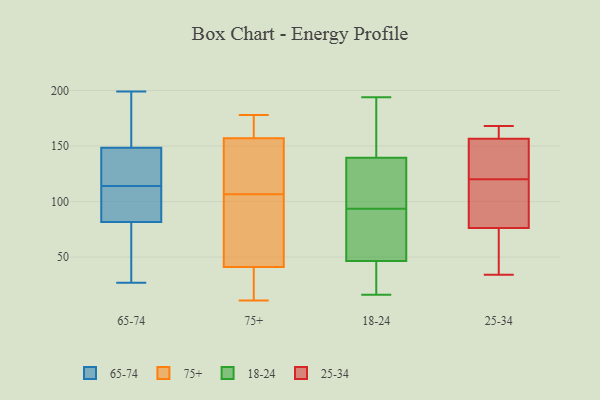
{"axis": {"x": "Satisfaction Score", "y": "Value"}, "legend": ["18-24", "25-34", "65-74", "75+"], "data": [{"x": "", "y": 189, "type": "65-74"}, {"x": "", "y": 27, "type": "65-74"}, {"x": "", "y": 128, "type": "65-74"}, {"x": "", "y": 116, "type": "65-74"}, {"x": "", "y": 199, "type": "65-74"}, {"x": "", "y": 114, "type": "65-74"}, {"x": "", "y": 29, "type": "65-74"}, {"x": "", "y": 57, "type": "65-74"}, {"x": "", "y": 114, "type": "65-74"}, {"x": "", "y": 174, "type": "65-74"}, {"x": "", "y": 135, "type": "65-74"}, {"x": "", "y": 104, "type": "65-74"}, {"x": "", "y": 76, "type": "65-74"}, {"x": "", "y": 162, "type": "65-74"}, {"x": "", "y": 102, "type": "65-74"}, {"x": "", "y": 87, "type": "65-74"}, {"x": "", "y": 145, "type": "75+"}, {"x": "", "y": 33, "type": "75+"}, {"x": "", "y": 117, "type": "75+"}, {"x": "", "y": 162, "type": "75+"}, {"x": "", "y": 96, "type": "75+"}, {"x": "", "y": 163, "type": "75+"}, {"x": "", "y": 34, "type": "75+"}, {"x": "", "y": 125, "type": "75+"}, {"x": "", "y": 48, "type": "75+"}, {"x": "", "y": 11, "type": "75+"}, {"x": "", "y": 57, "type": "75+"}, {"x": "", "y": 144, "type": "75+"}, {"x": "", "y": 29, "type": "75+"}, {"x": "", "y": 164, "type": "75+"}, {"x": "", "y": 72, "type": "75+"}, {"x": "", "y": 59, "type": "75+"}, {"x": "", "y": 178, "type": "75+"}, {"x": "", "y": 173, "type": "75+"}, {"x": "", "y": 32, "type": "75+"}, {"x": "", "y": 152, "type": "75+"}, {"x": "", "y": 53, "type": "18-24"}, {"x": "", "y": 128, "type": "18-24"}, {"x": "", "y": 16, "type": "18-24"}, {"x": "", "y": 84, "type": "18-24"}, {"x": "", "y": 194, "type": "18-24"}, {"x": "", "y": 53, "type": "18-24"}, {"x": "", "y": 40, "type": "18-24"}, {"x": "", "y": 172, "type": "18-24"}, {"x": "", "y": 149, "type": "18-24"}, {"x": "", "y": 28, "type": "18-24"}, {"x": "", "y": 130, "type": "18-24"}, {"x": "", "y": 103, "type": "18-24"}, {"x": "", "y": 98, "type": "25-34"}, {"x": "", "y": 89, "type": "25-34"}, {"x": "", "y": 168, "type": "25-34"}, {"x": "", "y": 159, "type": "25-34"}, {"x": "", "y": 159, "type": "25-34"}, {"x": "", "y": 76, "type": "25-34"}, {"x": "", "y": 120, "type": "25-34"}, {"x": "", "y": 134, "type": "25-34"}, {"x": "", "y": 130, "type": "25-34"}, {"x": "", "y": 77, "type": "25-34"}, {"x": "", "y": 164, "type": "25-34"}, {"x": "", "y": 34, "type": "25-34"}, {"x": "", "y": 49, "type": "25-34"}, {"x": "", "y": 149, "type": "25-34"}, {"x": "", "y": 35, "type": "25-34"}]}